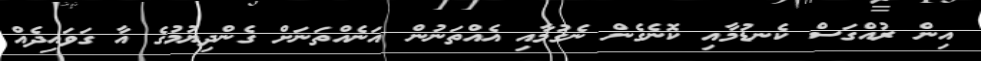
އިން ރުއްގަސް ކެނޑުމާއި ކޮނެގެން ނެގުމާއި އެއްތަނުން އަނެއްތަނަށް ގެންދިޔުމުގެ އާ ގަވައިދެއް